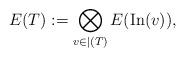
LaTeX: \begin{align*}E(T) := \bigotimes_{v \in \vert(T)}E({\rm In}(v)),\end{align*}